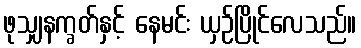
ဖုသျှနက္ခတ်နှင့် နေမင်း ယှဉ်ပြိုင်လေသည်။